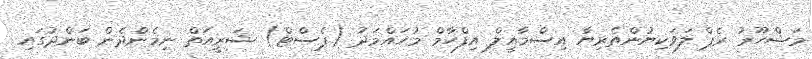
މަޝްހޫރު ރެޕް ލަވަކިޔުންތެރިޔާ އިސްމާއީލް އިފްހާމް މުހައްމަދު (ޕެސްޓް) ޝަރީއަތް ނިމެންދެން ބަންދުގައި